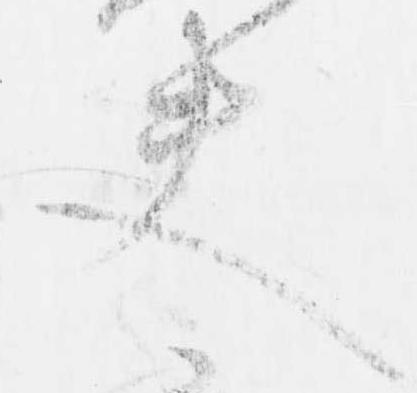
夫